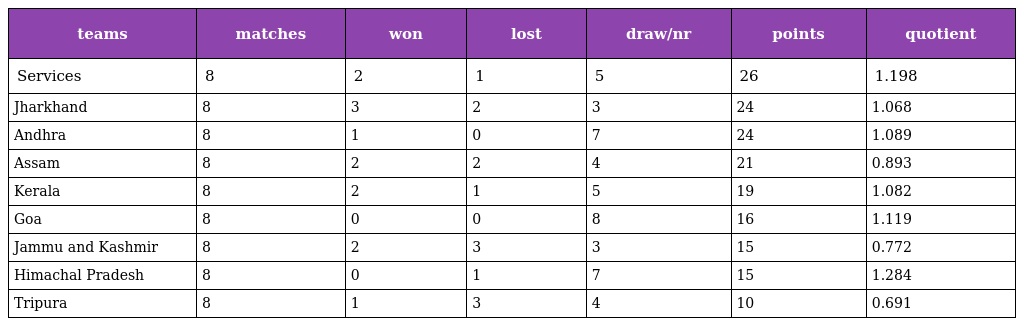
| teams | matches | won | lost | draw/nr | points | quotient |
 | --- | --- | --- | --- | --- | --- | --- |
 | Services | 8 | 2 | 1 | 5 | 26 | 1.198 |
 | Jharkhand | 8 | 3 | 2 | 3 | 24 | 1.068 |
 | Andhra | 8 | 1 | 0 | 7 | 24 | 1.089 |
 | Assam | 8 | 2 | 2 | 4 | 21 | 0.893 |
 | Kerala | 8 | 2 | 1 | 5 | 19 | 1.082 |
 | Goa | 8 | 0 | 0 | 8 | 16 | 1.119 |
 | Jammu and Kashmir | 8 | 2 | 3 | 3 | 15 | 0.772 |
 | Himachal Pradesh | 8 | 0 | 1 | 7 | 15 | 1.284 |
 | Tripura | 8 | 1 | 3 | 4 | 10 | 0.691 |